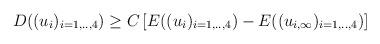
LaTeX: \begin{align*}D((u_i)_{i=1,..,4}) \ge C \left [ E((u_i)_{i=1,..,4}) - E((u_{i,\infty})_{i=1,..,4})\right]\end{align*}